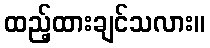
ထည့်ထားချင်သလား။